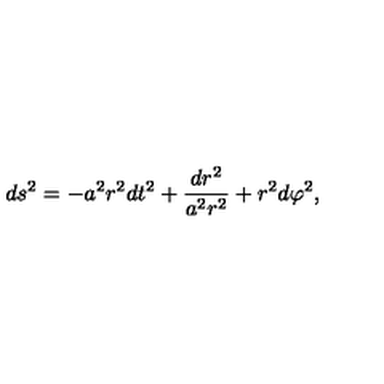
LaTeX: d s ^ { 2 } = - a ^ { 2 } r ^ { 2 } d t ^ { 2 } + \frac { d r ^ { 2 } } { a ^ { 2 } r ^ { 2 } } + r ^ { 2 } d \varphi ^ { 2 } ,